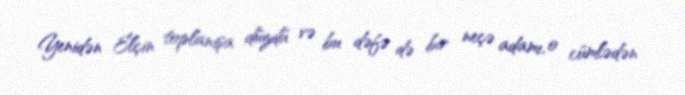
Yenidən Elçin toplanışa düzdü və bu dəfə də bir neçə adamı, o cümlədən